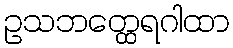
ဥသဘတ္ထေရဂါထာ